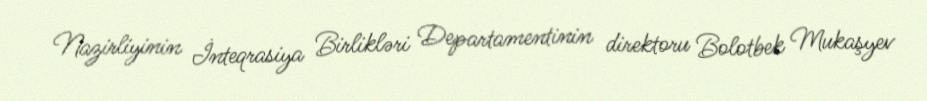
Nazirliyinin İnteqrasiya Birlikləri Departamentinin direktoru Bolotbek Mukaşyev